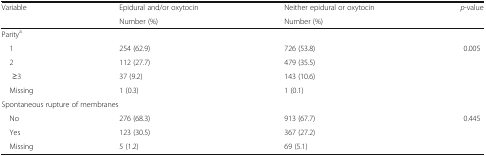
<table><thead><tr><td rowspan="2"><b>Variable</b></td><td><b>Epidural and/or oxytocin</b></td><td><b>Neither epidural or oxytocin</b></td><td rowspan="2"><b><i>p</i>-value</b></td></tr><tr><td><b>Number (%)</b></td><td><b>Number (%)</b></td></tr></thead><tbody><tr><td colspan="4">Parity<sup>a</sup></td></tr><tr><td> 1</td><td>254 (62.9)</td><td>726 (53.8)</td><td>0.005</td></tr><tr><td> 2</td><td>112 (27.7)</td><td>479 (35.5)</td><td></td></tr><tr><td>≥3</td><td>37 (9.2)</td><td>143 (10.6)</td><td></td></tr><tr><td> Missing</td><td>1 (0.3)</td><td>1 (0.1)</td><td></td></tr><tr><td colspan="4">Spontaneous rupture of membranes</td></tr><tr><td> No</td><td>276 (68.3)</td><td>913 (67.7)</td><td>0.445</td></tr><tr><td> Yes</td><td>123 (30.5)</td><td>367 (27.2)</td><td></td></tr><tr><td> Missing</td><td>5 (1.2)</td><td>69 (5.1)</td><td></td></tr></tbody></table>